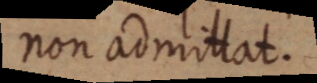
non admittat.